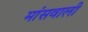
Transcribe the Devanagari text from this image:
मांसवाली